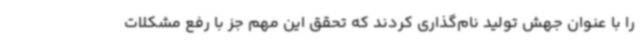
را با عنوان جهش تولید نام‌گذاری کردند که تحقق این مهم جز با رفع مشکلات